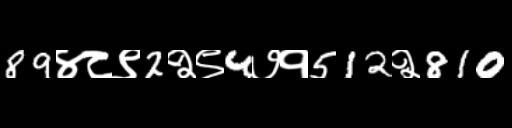
Text: 89४८९2२९4७१512२810